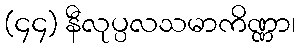
(၄၄) နီလုပ္ပလသမာကိဏ္ဏာ၊